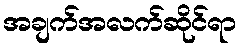
အချက်အလက်ဆိုင်ရာ